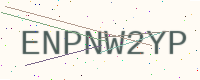
Text: ENPNW2YP